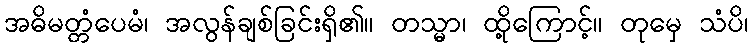
အဓိမတ္တံပေမံ၊ အလွန်ချစ်ခြင်းရှိ၏။ တသ္မာ၊ ထို့ကြောင့်။ တုမှေ သံပိ၊